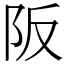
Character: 阪